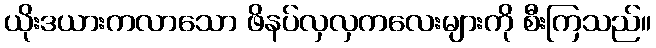
ယိုးဒယားကလာသော ဖိနပ်လှလှကလေးများကို စီးကြသည်။